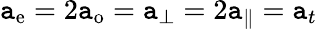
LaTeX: \mathtt{a}_{\mathrm{{e}}}=2\mathtt{a}_{\mathrm{{o}}}=\mathtt{a}_{\perp}=2\mathtt{a}_{\parallel}=\mathtt{a}_{t}